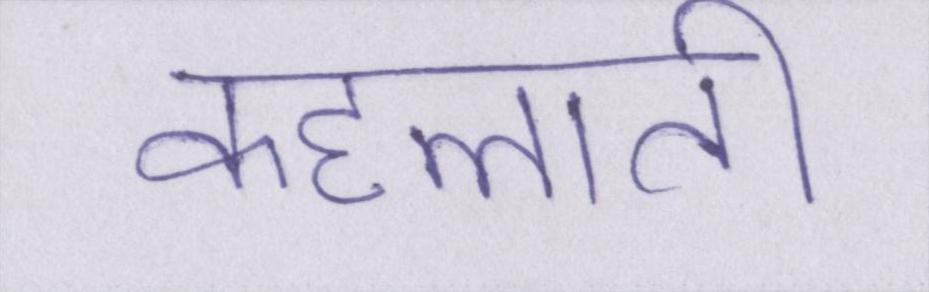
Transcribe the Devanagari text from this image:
कहलाती